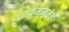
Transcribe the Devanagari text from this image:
पराक्रमामुळेच